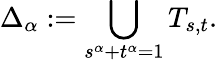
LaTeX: \Delta_{\alpha}:=\bigcup_{s^{\alpha}+t^{\alpha}=1}T_{s,t}.